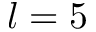
l = 5